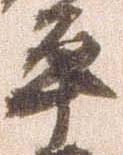
平